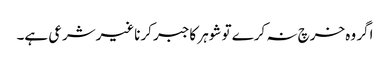
اگر وہ خرچ نہ کرے تو شوہر کاجبر کرناغیرشرعی ہے۔